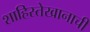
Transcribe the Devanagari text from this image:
शाहिस्तेखानाची